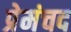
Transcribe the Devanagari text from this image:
प्रेमंचद